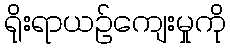
ရိုးရာယဉ်ကျေးမှုကို